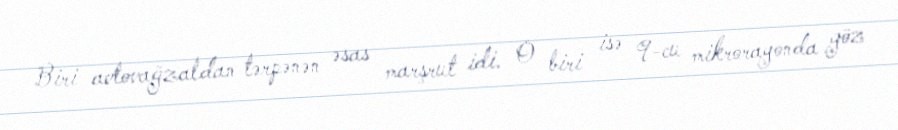
Biri avtovağzaldan tərpənən əsas marşrut idi. O biri isə 9-cu mikrorayonda göz